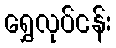
ရွှေလုပ်ငန်း